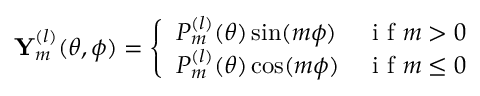
\mathbf { Y } _ { m } ^ { ( l ) } ( \theta , \phi ) = \left\{ \begin{array} { l l } { P _ { m } ^ { ( l ) } ( \theta ) \sin ( m \phi ) } & { \mathrm { ~ i ~ f ~ } m > 0 } \\ { P _ { m } ^ { ( l ) } ( \theta ) \cos ( m \phi ) } & { \mathrm { ~ i ~ f ~ } m \leq 0 } \end{array} \right.